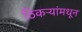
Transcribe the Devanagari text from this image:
ठिकऱ्यांमधून